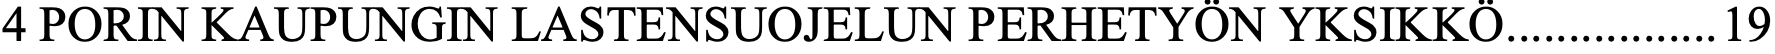
4 PORIN KAUPUNGIN LASTENSUOJELUN PERHETYÖN YKSIKKÖ ................. 19